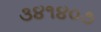
૩૪૧૪૦૭